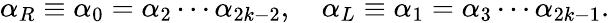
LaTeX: \alpha_{R}\equiv\alpha_{0}=\alpha_{2}\cdots\alpha_{2k-2},\quad\alpha_{L}\equiv\alpha_{1}=\alpha_{3}\cdots\alpha_{2k-1}.